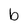
Character: b